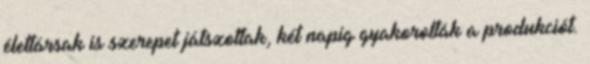
élettársak is szerepet játszottak, két napig gyakorolták a produkciót.